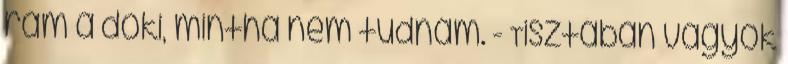
rám a doki, mintha nem tudnám. - Tisztában vagyok